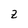
Character: Z